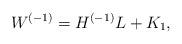
LaTeX: \begin{align*}W^{(-1)}=H^{(-1)}L+K_1,\end{align*}